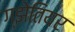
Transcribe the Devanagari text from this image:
ग्झेतियर